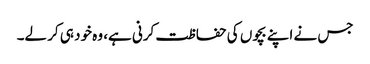
جس نے اپنے بچوں کی حفاظت کرنی ہے، وہ خود ہی کر لے۔